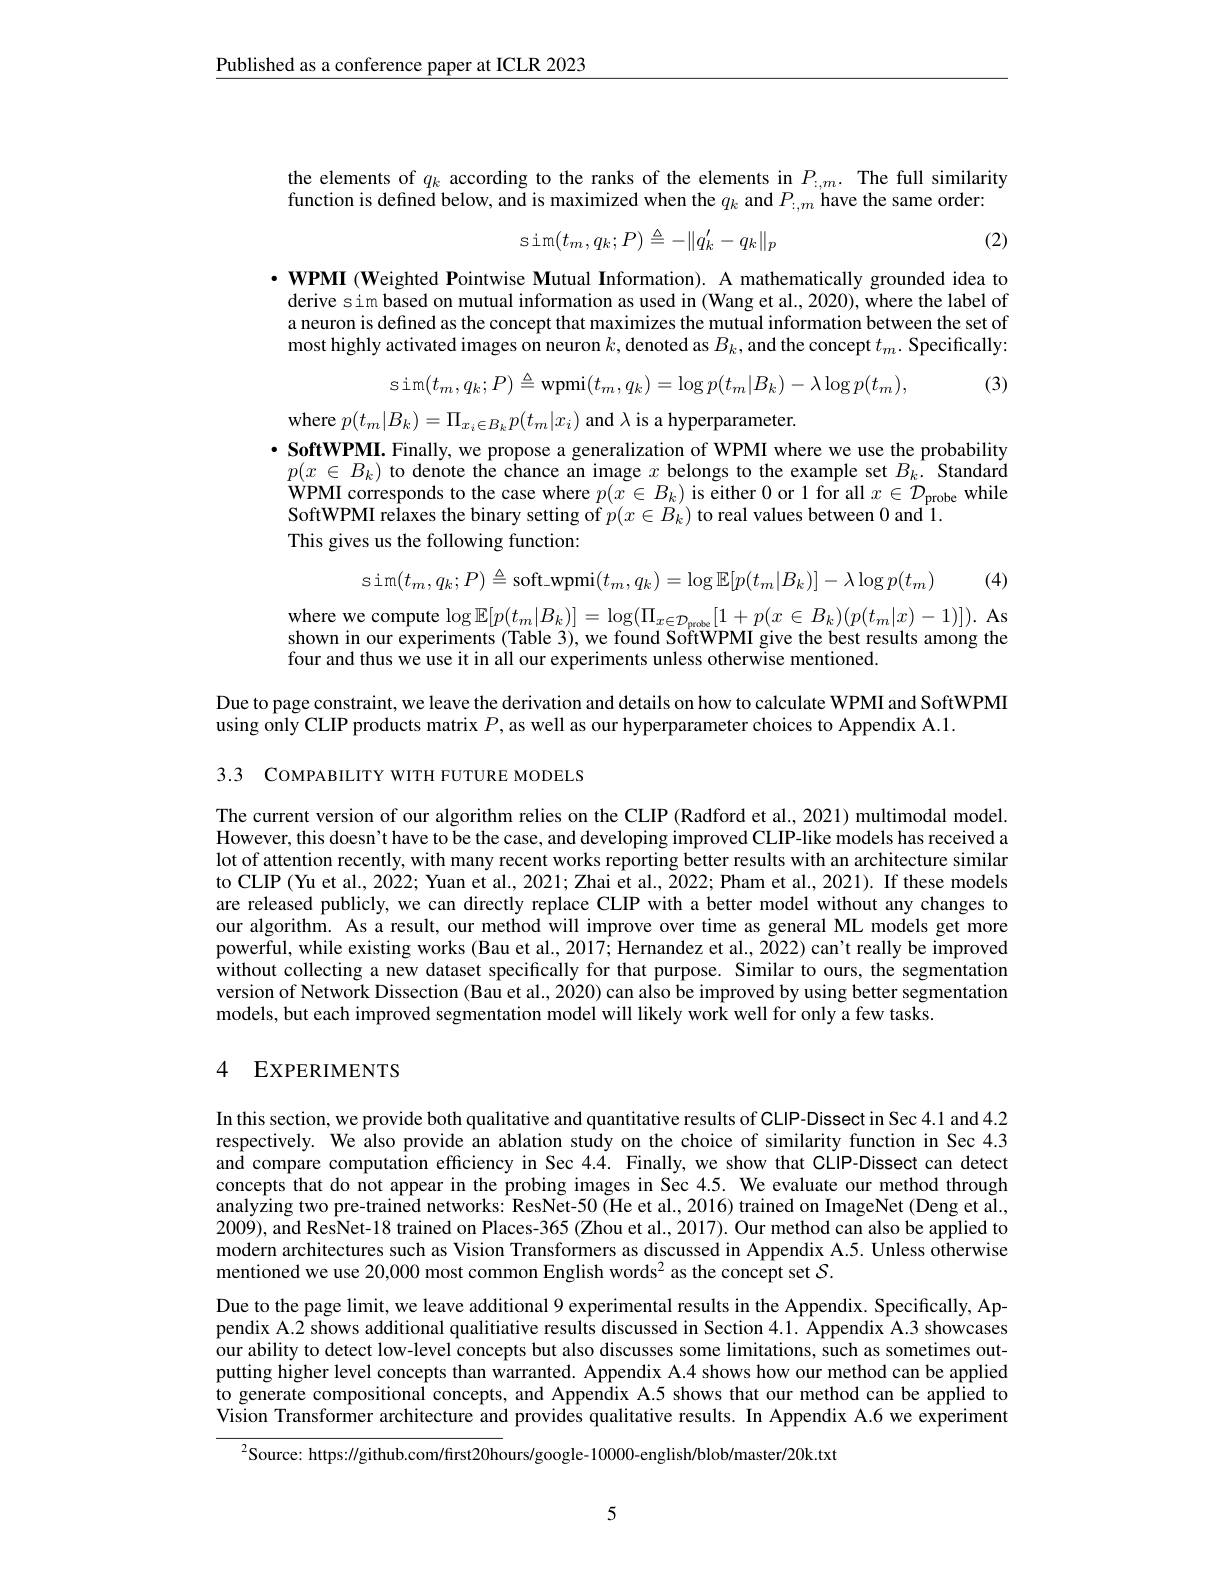
$\underline{\text{Published as a conference paper at ICLR 2023}}$

the elements of $q_k$ according to the ranks of the elements in $P_{:,m}.$ The full similarity
function is defined below, and is maximized when the $q_k$ and $P_{:,m}$ have the same order:
$$\text{sim}(t_m,q_k;P)\triangleq-\|q_k'-q_k\|_p$$
(2)

$\cdot \textbf{WPMI ( Weighted Pointwise Mutual Information) . A mathematically grounded idea to}$ derive sim based on mutual information as used in (Wang et al., 2020), where the label of a neuron is defined as the concept that maximizes the mutual information between the set of most highly activated images on neuron $k$, denoted as $B_k$, and the concept $t_m.$ Specifically:
$$\mathrm{sim}(t_{m},q_{k};P)\triangleq\mathrm{wpmi}(t_{m},q_{k})=\log p(t_{m}|B_{k})-\lambda\log p(t_{m}),$$
(3)

where $p(t_m|B_k)=\Pi_{x_i\in B_k}p(t_m|x_i)$ and $\lambda$ is a hyperparameter.
$\cdot \textbf{SoftWPMI. Finally, we propose a generalization of WPMI where we use the probability}$
$p(x\in B_k)$ to denote the chance an image $x$ belongs to the example set $B_k.$ Standard WPMI corresponds to the case where $p(x\in B_k)$ is either 0 or 1 for all $x\in\mathcal{D}_\text{probe while}$ SoftWPMI relaxes the binary setting of $p(x\in B_k)$ to real values between 0 and 1.
This gives us the following function:
$$\mathrm{s~im}(t_{m},q_{k};P)\triangleq\mathrm{soft_wpmi}(t_{m},q_{k})=\log\mathbb{E}[p(t_{m}|B_{k})]-\lambda\log p(t_{m})$$
(4)

where we compute $\log \mathbb{E} [ p( t_{m}| B_{k}) ] = \log ( \Pi _{x\in \mathcal{D} _{\mathrm{probe}}}[ 1+ p( x\in B_{k}) ( p( t_{m}| x) - 1) ] ) .$ As shown in our experiments (Table 3), we found SoftWPMI give the best results among the four and thus we use it in all our experiments unless otherwise mentioned.

Due to page constraint, we leave the derivation and details on how to calculate WPMI and SoftWPMI
using only CLIP products matrix $P$, as well as our hyperparameter choices to Appendix A.1.
3.3 COMPABILITY WITH FUTURE MODELS

The current version of our algorithm relies on the CLIP (Radford et al., 2021) multimodal model. However, this doesn't have to be the case, and developing improved CLIP-like models has received a lot of attention recently, with many recent works reporting better results with an architecture similar to CLIP (Yu et al., 2022; Yuan et al., 2021; Zhai et al., 2022; Pham et al., 2021). If these models are released publicly, we can directly replace CLIP with a better model without any changes to our algorithm. As a result, our method will improve over time as general ML models get more powerful, while existing works (Bau et al., 2017; Hernandez et al., 2022) can't really be improved without collecting a new dataset specifically for that purpose. Similar to ours, the segmentation version of Network Dissection (Bau et al., 2020) can also be improved by using better segmentation models, but each improved segmentation model will likely work well for only a few tasks.

# 4 EXPERIMENTS

In this section, we provide both qualitative and quantitative results of CLIP-Dissect in Sec 4.1 and 4.2 respectively. We also provide an ablation study on the choice of similarity function in Sec 4.3 and compare computation efficiency in Sec 4.4. Finally, we show that CLIP-Dissect can detect concepts that do not appear in the probing images in Sec 4.5. We evaluate our method through analyzing two pre-trained networks: ResNet-50 (He et al., 2016) trained on ImageNet (Deng et al., $200\dot{9})$, and ResNet-18 trained on Places-365 (Zhou et al., 2017). Our method can also be applied to modern architectures such as Vision Transformers as discussed in Appendix A.5. Unless otherwise mentioned we use 20,000 most common English words$^2$ as the concept set $S.$
Due to the page limit, we leave additional 9 experimental results in the Appendix. Specifically, Appendix A.2 shows additional qualitiative results discussed in Section 4.1. Appendix A.3 showcases our ability to detect low-level concepts but also discusses some limitations, such as sometimes outputting higher level concepts than warranted. Appendix A.4 shows how our method can be applied to generate compositional concepts, and Appendix A.5 shows that our method can be applied to Vision Transformer architecture and provides qualitative results. In Appendix A.6 we experiment

$^{2}$Source: https://github.com/first20hours/google-10000-english/blob/master/20k.txt

5